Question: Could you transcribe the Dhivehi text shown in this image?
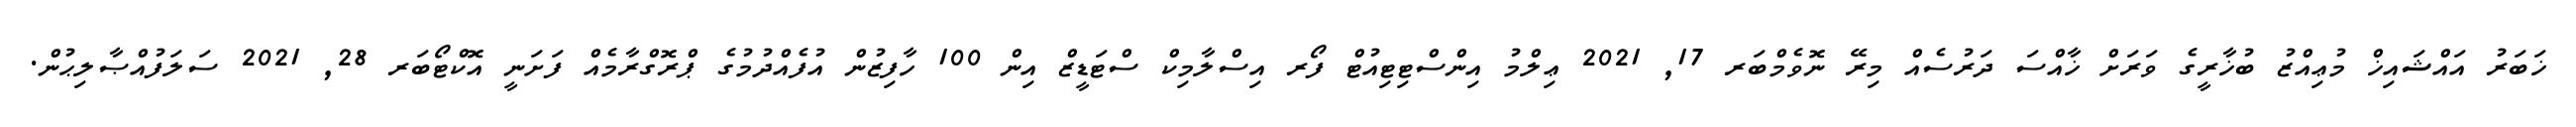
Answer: ޚަބަރު އައްޝައިޚް މުޢިއްޒު ބުޚާރީގެ ވަރަށް ޚާއްސަ ދަރުސެއް މިރޭ ނޮވެމްބަރ 17, 2021 ޢިލްމު އިންސްޓިޓިއުޓް ފޯރ އިސްލާމިކް ސްޓަޑީޒް އިން 100 ހާފިޒުން އުފެއްދުމުގެ ޕްރޮގްރާމެއް ފަށަނީ އޮކްޓޯބަރ 28, 2021 ސަލަފުއްޞާލިޙުން.